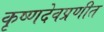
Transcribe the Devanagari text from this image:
कृष्णदेवप्रणीत